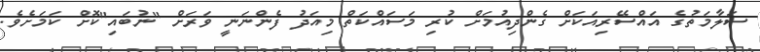
ސަލާމަތުގެ އައްސޭރިއަކަށް ގެންދިއުމަށް ކުރި މަސައްކަތް މިއަދު ފެންނަނީ ވަރަށް "ނުބައި"ކޮށް ކަމަށެވެ.